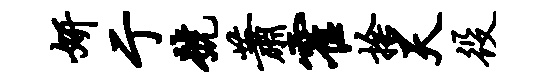
妍亍号萧霍舍天役